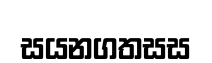
සයනගතසස